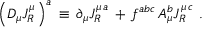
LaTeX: \Big ( D _ { \mu } J _ { R } ^ { \mu } \, \Big ) ^ { a } \, \equiv \, \partial _ { \mu } J _ { R } ^ { \mu \, a } \, + \, f ^ { a b c } \, A _ { \mu } ^ { b } J _ { R } ^ { \mu \, c } \, \, .